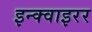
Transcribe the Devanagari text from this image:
इन्क्वाइरर